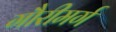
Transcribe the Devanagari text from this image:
गौरीमर्ग